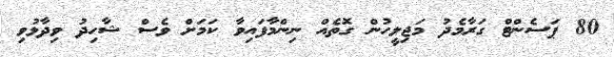
80 ޕަސެންޓް ގަރާމެދު މަޖިލީހުން ގޮތެއް ނިންމާފައިވާ ކަމަށް ވެސް ޝާހިދު ވިދާޅުވި